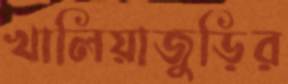
খালিয়াজুড়ির